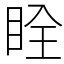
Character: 䀬